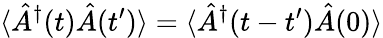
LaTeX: \langle\hat{A}^{\dagger}(t)\hat{A}(t^{\prime})\rangle=\langle\hat{A}^{\dagger}(t-t^{\prime})\hat{A}(0)\rangle